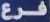
فرع